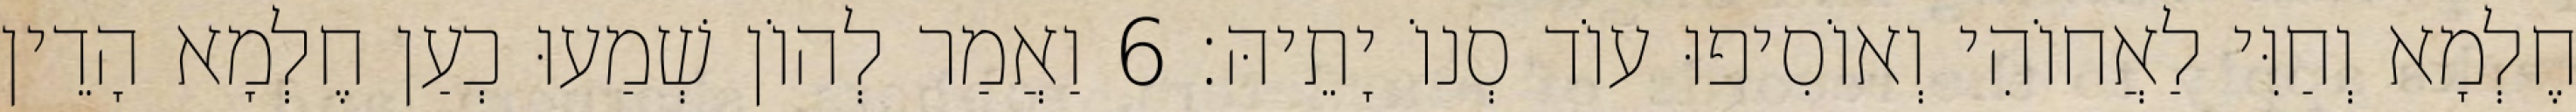
חֶלְמָא וְחַוִּי לַאֲחוֹהִי וְאוֹסִיפוּ עוֹד סְנוֹ יָתֵיהּ׃ 6 וַאֲמַר לְהוֹן שְׁמַעוּ כְעַן חֶלְמָא הָדֵין